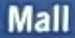
Mall